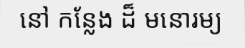
នៅ កន្លែង ដ៏ មនោរម្យ